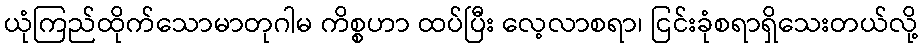
ယုံကြည်ထိုက်သောမာတုဂါမ ကိစ္စဟာ ထပ်ပြီး လေ့လာစရာ၊ ငြင်းခုံစရာရှိသေးတယ်လို့